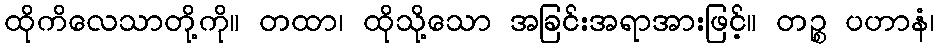
ထိုကိလေသာတို့ကို။ တထာ၊ ထိုသို့သော အခြင်းအရာအားဖြင့်။ တဉ္စ ပဟာနံ၊